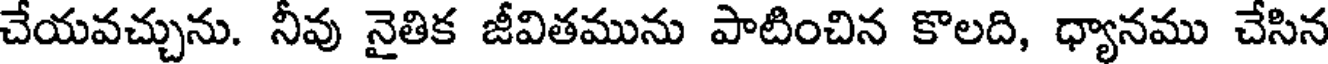
చేయవచ్చును. నీవు నైతిక జీవితమును పాటించిన కొలది, ధ్యానము చేసిన